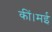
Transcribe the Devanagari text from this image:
कीं।मई